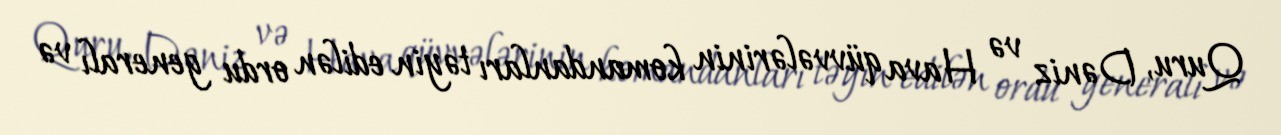
Quru, Dəniz və Hava qüvvələrinin komandanları təyin edilən ordu generalı və